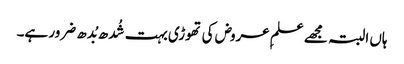
ہاں البتہ مجھے علمِ عروض کی تھوڑی بہت شُدھ بُدھ ضرور ہے۔